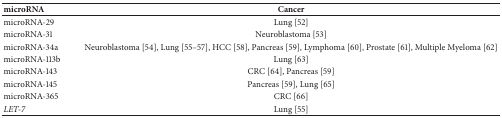
<table><thead><tr><td><b>microRNA</b></td><td><b>Cancer</b></td></tr></thead><tbody><tr><td>microRNA-29</td><td>Lung [52]</td></tr><tr><td>microRNA-31</td><td>Neuroblastoma [53]</td></tr><tr><td>microRNA-34a</td><td>Neuroblastoma [54], Lung [55–57], HCC [58], Pancreas [59], Lymphoma [60], Prostate [61], Multiple Myeloma [62]</td></tr><tr><td>microRNA-113b</td><td>Lung [63]</td></tr><tr><td>microRNA-143</td><td>CRC [64], Pancreas [59]</td></tr><tr><td>microRNA-145</td><td>Pancreas [59], Lung [65]</td></tr><tr><td>microRNA-365</td><td>CRC [66]</td></tr><tr><td><i>LET-7</i></td><td>Lung [55]</td></tr></tbody></table>